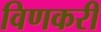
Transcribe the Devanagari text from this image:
विणकरी